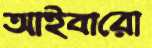
আইবারো